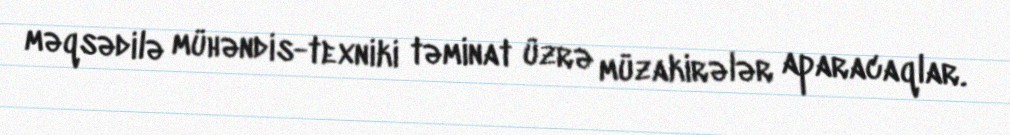
məqsədilə mühəndis-texniki təminat üzrə müzakirələr aparacaqlar.